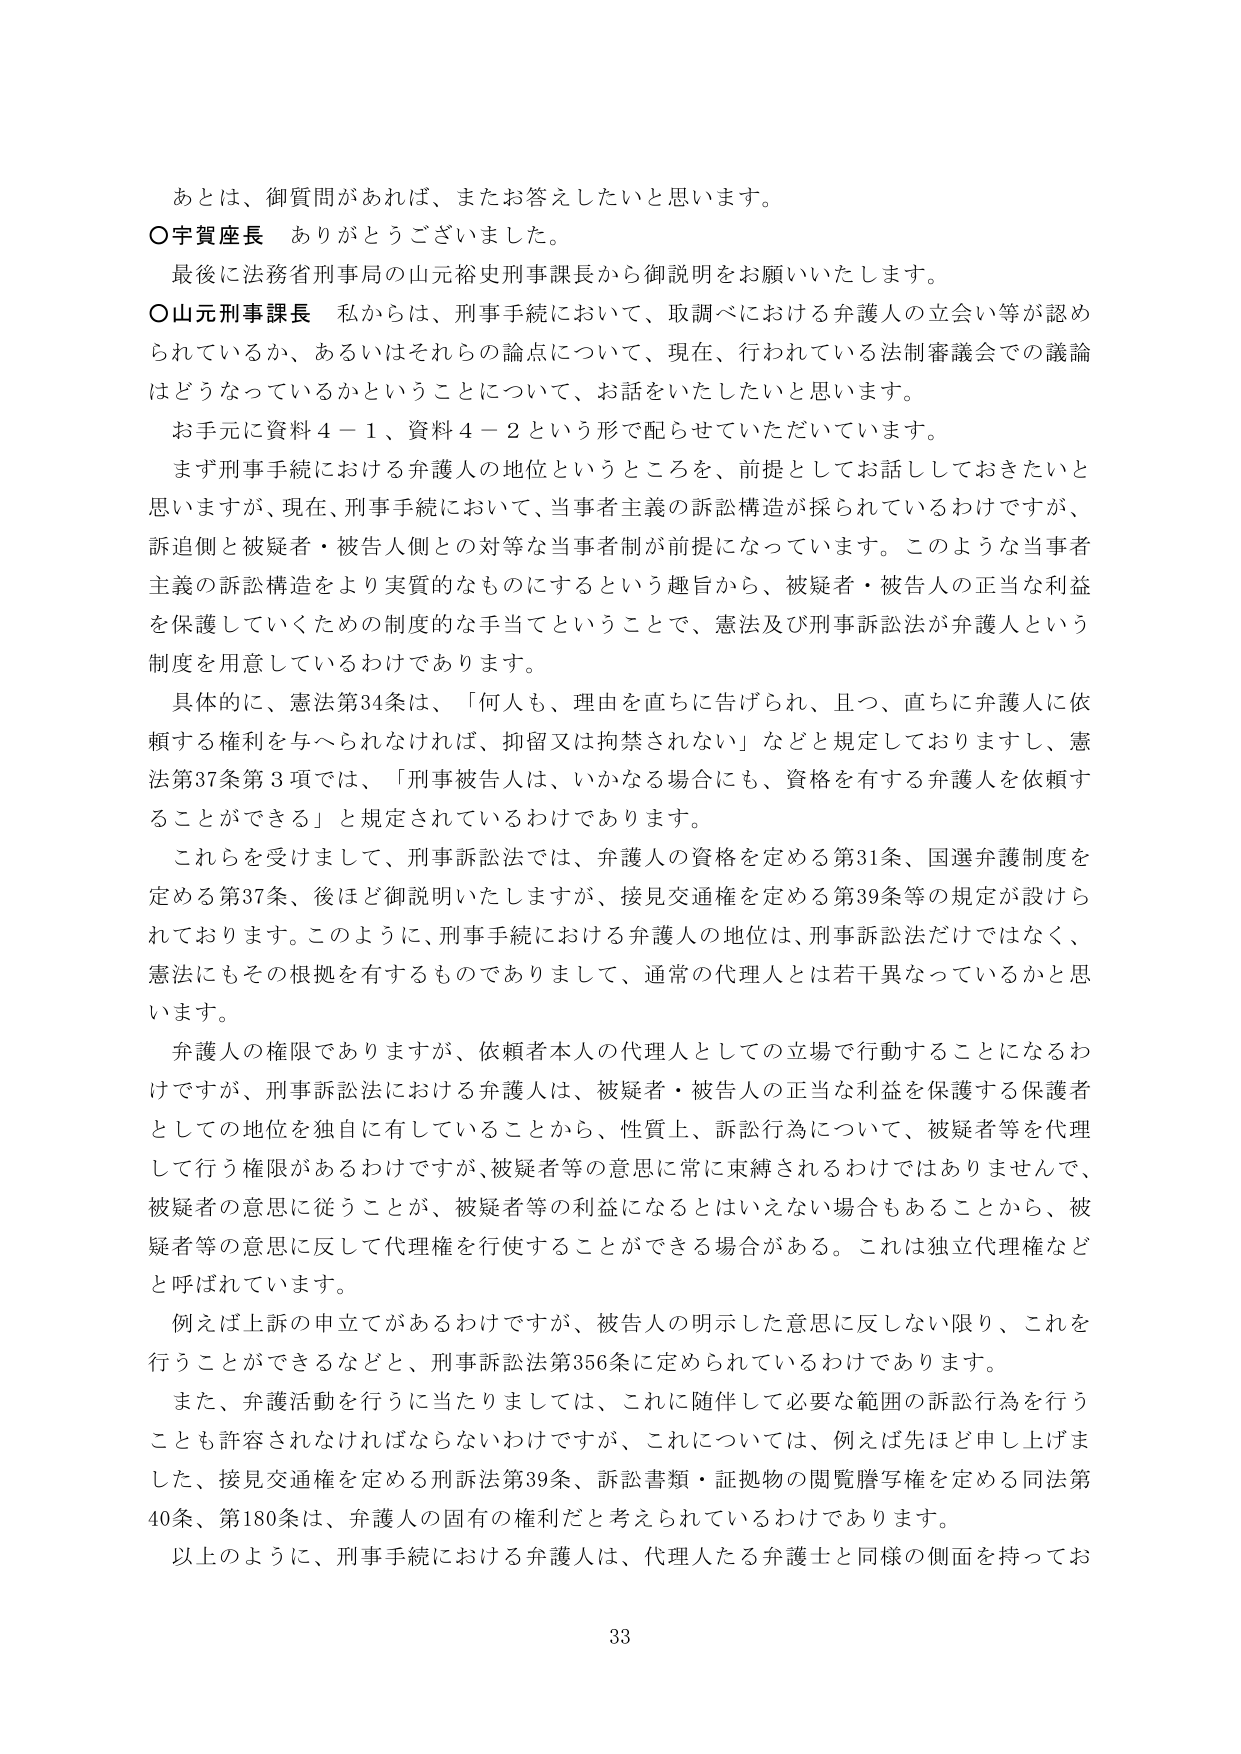
あとは、御質問があれば、またお答えしたいと思います。

○宇賀座長　ありがとうございました。

最後に法務省刑事局の山元裕史刑事課長から御説明をお願いいたします。

○山元刑事課長　私からは、刑事手続において、取調べにおける弁護人の立会い等が認められているか、あるいはそれらの論点について、現在、行われている法制審議会での議論はどうなっているかということについて、お話をいたしたいと思います。

お手元に資料４－１、資料４－２という形で配らせていただいています。

まず刑事手続における弁護人の地位というところを、前提としてお話しさせておきたいと思いますが、現在、刑事手続において、当事者主義の訴訟構造が採られているわけですが、訴追側と被疑者・被告人側との対等な当事者制が前提になっています。このような当事者主義の訴訟構造をより実質的なものにするという趣旨から、被疑者・被告人の正当な利益を保護していくための制度的な手当てということで、憲法及び刑事訴訟法が弁護人という制度を用意しているわけであります。

具体的に、憲法第34条は、「何人も、理由を直ちに告げられ、且つ、直ちに弁護人に依頼する権利を与えられなければ、拘留又は拘禁されない」などと規定しておりますし、憲法第37条第3項では、「刑事被告人は、いかなる場合にも、資格を有する弁護人を依頼することができる」と規定されているわけであります。

これらを受けまして、刑事訴訟法では、弁護人の資格を定める第31条、国選弁護制度を定める第37条、後ほど御説明いたしますが、接見交通権を定める第39条等の規定が設けられております。このように、刑事手続における弁護人の地位は、刑事訴訟法だけではなく、憲法にもその根拠を有するものでありまして、通常の代理人とは若干異なっているかと思います。

弁護人の権限でありますが、依頼者本人の代理人としての立場で行動することになるわけですが、刑事訴訟法における弁護人は、被疑者・被告人の正当な利益を保護する保護者としての地位を独自に有していることから、性質上、訴訟行為について、被疑者等を代理して行う権限があるわけですが、被疑者等の意思に常に束縛されるわけではありませんで、被疑者の意思に従うことが、被疑者等の利益になるとはいえない場合もあることから、被疑者等の意思に反して代理権を行使することができる場合がある。これは独立代理権などと呼ばれております。

例えば上訴の申立てがあるわけですが、被告人の明示した意思に反しない限り、これを行うことができるなどと、刑事訴訟法第356条に定められているわけであります。

また、弁護活動を行うに当たりましては、これに随伴して必要な範囲の訴訟行為を行うことも許容されなければならないわけですが、これについては、例えば先ほど申し上げました、接見交通権を定める刑訴法第39条、訴訟書類・証拠物の閲覧謄写権を定める同法第40条、第180条は、弁護人の固有の権利だと考えられているわけであります。

以上のように、刑事手続における弁護人は、代理人たる弁護士と同様の側面を持ってお

33